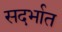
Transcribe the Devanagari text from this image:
सदर्भात